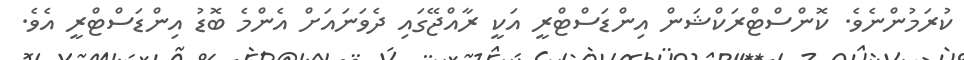
ކުރަމުންނެވެ. ކޮންސްޓްރަކްޝަން އިންޑަސްޓްރީ އަކީ ރާއްޖޭގައި ދެވަނައަށް އެންމެ ބޮޑު އިންޑަސްޓްރީ އެވެ.